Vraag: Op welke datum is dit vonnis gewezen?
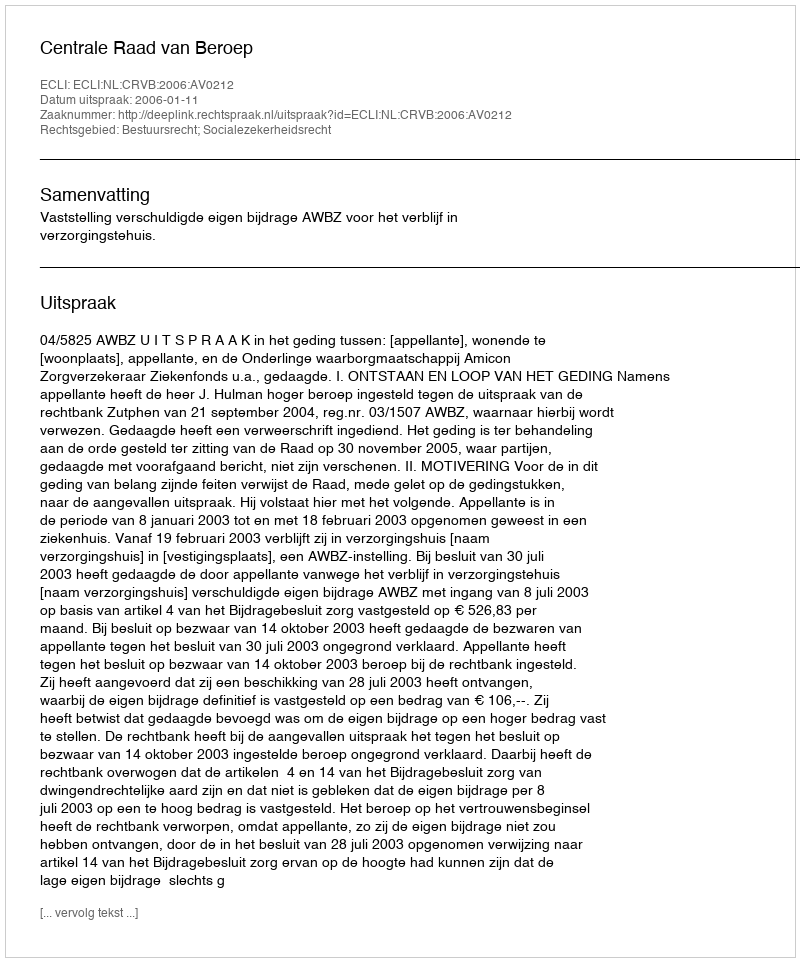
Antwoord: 2006-01-11